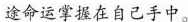
途命运掌握在自己手中。